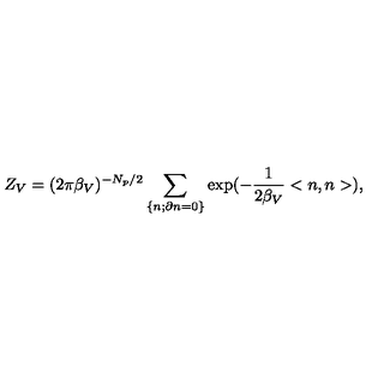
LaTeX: Z _ { V } = ( 2 \pi { \beta } _ { V } ) ^ { - N _ { p } / 2 } \sum _ { \left\{ n ; \partial n = 0 \right\} } \exp ( - \frac { 1 } { 2 { \beta } _ { V } } < n , n > ) ,